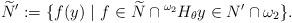
LaTeX: \begin{align*}\widetilde{N}':= \{ f(y) \ | \ f \in \widetilde{N} \cap {}^{\omega_2} H_\theta y \in N' \cap \omega_2 \} .\end{align*}